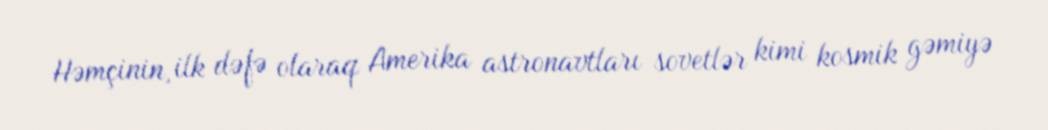
Həmçinin, ilk dəfə olaraq Amerika astronavtları sovetlər kimi kosmik gəmiyə